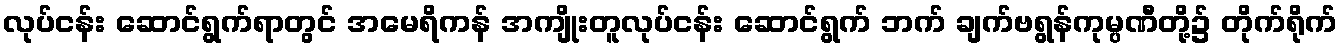
လုပ်ငန်း ဆောင်ရွက်ရာတွင် အမေရိကန် အကျိုးတူလုပ်ငန်း ဆောင်ရွက် ဘက် ချက်ဗရွန်ကုမ္ပဏီတို့၌ တိုက်ရိုက်